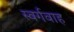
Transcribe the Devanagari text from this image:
स्वर्गवाह